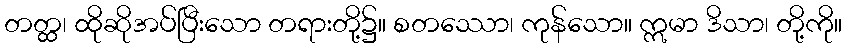
တတ္ထ၊ ထိုဆိုအပ်ပြီးသော တရားတို့၌။ စတဿော၊ ကုန်သော။ ဣမာ ဒိသာ၊ တို့ကို။